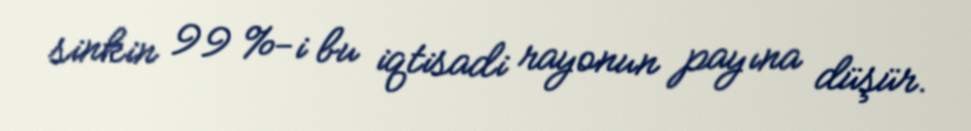
sinkin 99 %-i bu iqtisadi rayonun payına düşür.